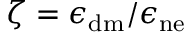
\zeta = \epsilon _ { \mathrm { d m } } / \epsilon _ { \mathrm { n e } }